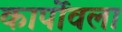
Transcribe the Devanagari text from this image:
कार्पोवला